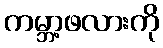
ကမ္ဘာ့ဖလားကို